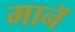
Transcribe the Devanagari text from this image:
मानॅ